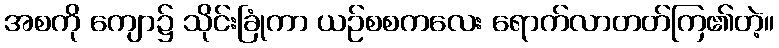
အစကို ကျော၌ သိုင်းခြုံကာ ယဉ်စစကလေး ရောက်လာတတ်ကြ၏တဲ့။